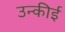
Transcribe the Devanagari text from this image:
उन्कीई